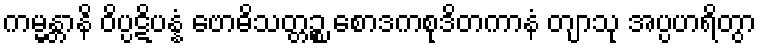
ကမ္မန္တာနိ ဝိပ္ပဋိပန္နံ ဗောဓိသတ္တဉ္စ စောဒကစုဒိတကာနံ တျာသု အပ္ပဟရိတွာ